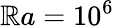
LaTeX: \mathbb{R}a=10^{6}